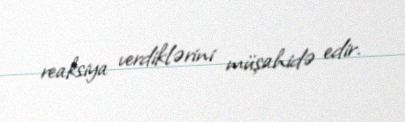
reaksiya verdiklərini müşahidə edir.